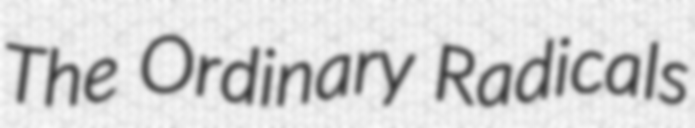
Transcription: The Ordinary Radicals